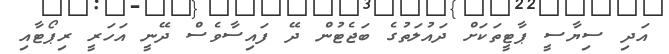
އަދި ސިޔާސީ ޕާޓީތަކަށް ދައުލަތުގެ ބަޖެޓުން ދޭ ފައިސާވެސް ދޭނީ އަހަރީ ރިޕޯޓާއި